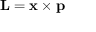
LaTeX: \mathbf { L } = \mathbf { x } \times \mathbf { p }